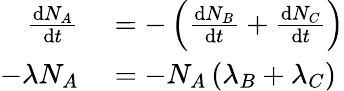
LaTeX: \begin{array}{rl}{{\frac{\mathrm{d}N_{A}}{\mathrm{d}t}}}&{{}=-\left({\frac{\mathrm{d}N_{B}}{\mathrm{d}t}}+{\frac{\mathrm{d}N_{C}}{\mathrm{d}t}}\right)}\\ {-\lambda N_{A}}&{{}=-N_{A}\left(\lambda_{B}+\lambda_{C}\right)}\end{array}